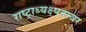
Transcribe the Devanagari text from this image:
राष्ट्राध्यक्ष्पदावर